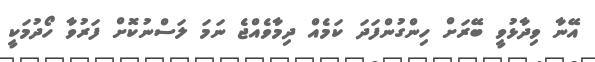
އޭނާ ވިދާޅުވީ ބޭރަށް ހިންގުންފަދަ ކަމެއް ދިމާވެއްޖެ ނަމަ ލަސްނުކޮށް ފަރުވާ ހޯދުމަކީ